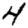
Digit: 4